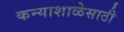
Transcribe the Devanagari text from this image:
कन्याशाळेसाठी